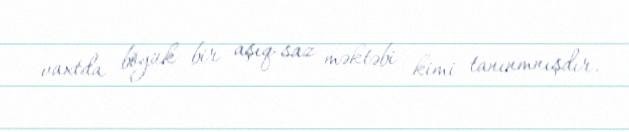
vaxtda böyük bir aşıq-saz məktəbi kimi tanınmnışdır.